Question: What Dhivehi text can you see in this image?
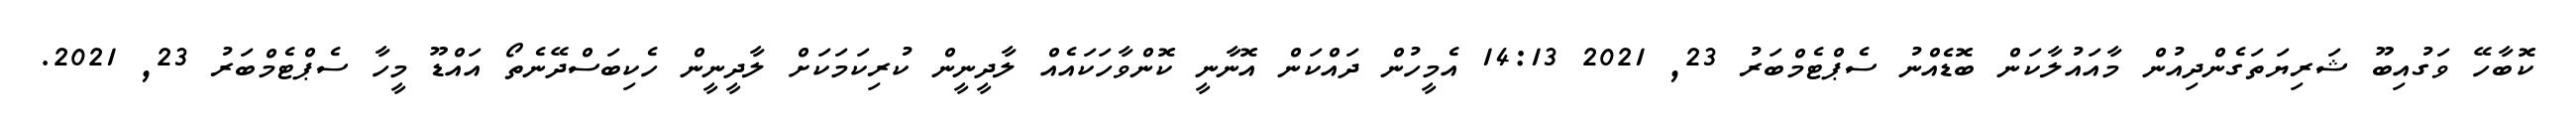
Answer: ކޮބާހޭ ވަގުއިބޫ ޝަރިޔަތަގެންދިއުން މާއައުލާކަން ބޮޑެއްނު ސެޕްޓެމްބަރު 23, 2021 14:13 އެމީހުން ދައްކަން އޮނާނީ ކޮންވާހަކައެއް ލާދީނީން ކުރިކަމަކަށް ލާދީނީން ހެކިބަސްދޭނެތޯ އައްޑޫ މީހާ ސެޕްޓެމްބަރު 23, 2021.